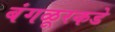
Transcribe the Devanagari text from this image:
बंगळूरकडे